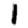
Digit: 1